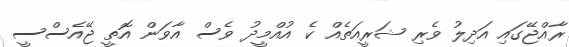
ރާއްޖޭގައި އަދިލު ވެރި ޝަރީއަތެއް ކެ އުއްމީދު ވެސް އާވަން އޮތީ ޖޭއެސްސީ